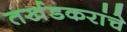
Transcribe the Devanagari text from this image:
तर्खडकरांचे